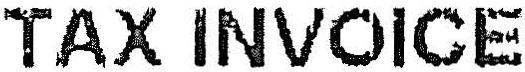
TAX INVOICE